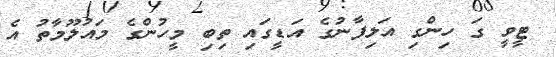
ޓީވީ ގަ ހިންގި އަލިފާނުގެ އަޑީގައި ތިބި މީހުންގެ މައުލޫމާތު އެ